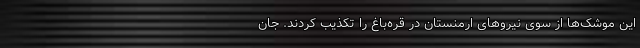
این موشک‌ها از سوی نیروهای ارمنستان در قره‌باغ را تکذیب کردند. جان